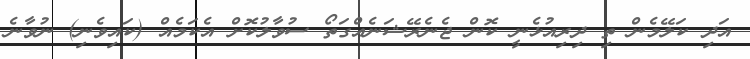
އަދި ކަލޭމެން ތި ދިރިއުޅެނީ ކޮން ޖެނެރޭޝަނެއްގަތޯ ސުވާލުކޮށް އެކަމެއް (ކަައިވެނި) ނުވާނެ